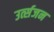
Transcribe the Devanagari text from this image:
उर्त्सजन